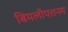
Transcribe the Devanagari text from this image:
बिमलीपत्तनम